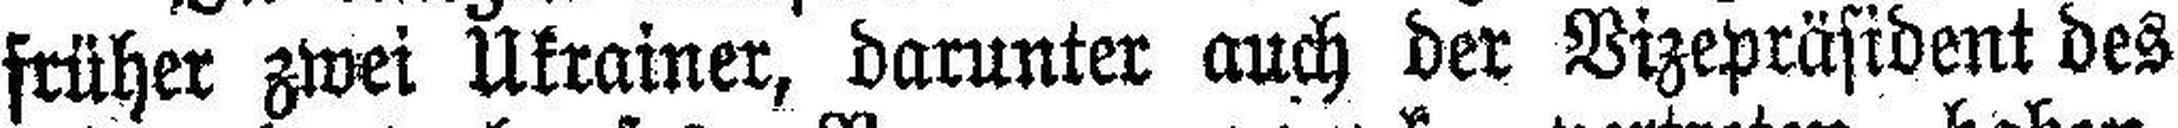
früher zwei Ukrainer, darunter auch der Vizepräsident des